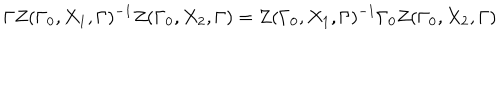
\Gamma Z ( \Gamma _ { 0 } , X _ { 1 } , \Gamma ) ^ { - 1 } Z ( \Gamma _ { 0 } , X _ { 2 } , \Gamma ) = Z ( \Gamma _ { 0 } , X _ { 1 } , \Gamma ) ^ { - 1 } \Gamma _ { 0 } Z ( \Gamma _ { 0 } , X _ { 2 } , \Gamma )